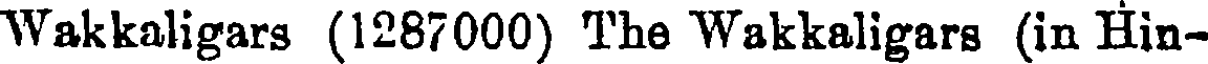
Wakkaligars (1287000) The Wakkaligars (in Hin-